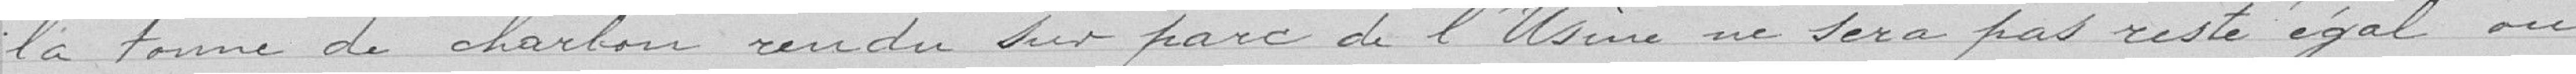
la tonne de charbon rendu sur parc de l'usine ne sera pas resté égal ou